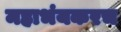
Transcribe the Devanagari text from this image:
महाभंयकरच